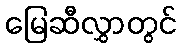
မြေဆီလွှာတွင်